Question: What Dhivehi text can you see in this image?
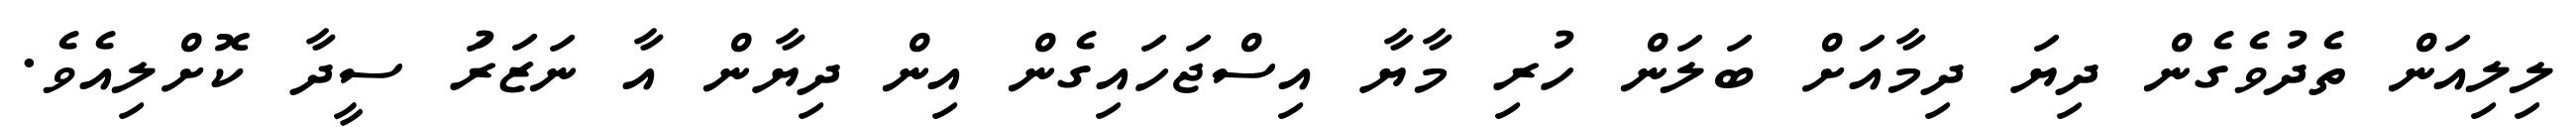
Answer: ލިލިއަން ތެދުވެގެން ދިޔަ ދިމާއަށް ބަލަން ހުރި މާޔާ އިސްޖަހައިގެން އިން ދިޔާން އާ ނަޒަރަު ސީދާ ކޮށްލިއެވެ.